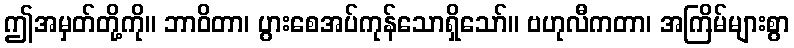
ဤအမှတ်တို့ကို။ ဘာဝိတာ၊ ပွားစေအပ်ကုန်သောရှိသော်။ ဗဟုလီကတာ၊ အကြိမ်များစွာ